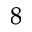
^ { 8 }